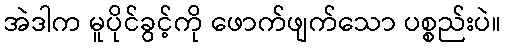
အဲဒါက မူပိုင်ခွင့်ကို ဖောက်ဖျက်သော ပစ္စည်းပဲ။